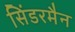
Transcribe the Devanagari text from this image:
सिंडरमैन